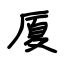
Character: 厦